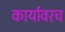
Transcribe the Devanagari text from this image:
कार्यावरच